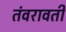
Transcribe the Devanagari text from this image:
तंवरावती